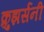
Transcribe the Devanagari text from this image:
क्रुझर्सनी